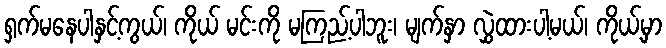
ရှက်မနေပါနှင့်ကွယ်၊ ကိုယ် မင်းကို မကြည့်ပါဘူး၊ မျက်နှာ လွှဲထားပါ့မယ်၊ ကိုယ့်မှာ